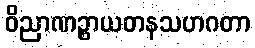
ဝိညာဏဉ္စာယတနသဟဂတာ